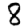
Digit: 8